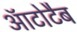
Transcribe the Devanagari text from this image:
ऑटोटैब